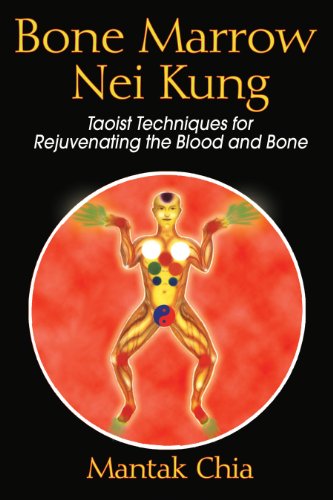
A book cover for Bone Marrow Nei Kung: Taoist Techniques for Rejuvenating the Blood and Bone; Mantak Chia; Health, Fitness & Dieting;